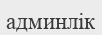
админлік